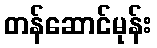
တန်ဆောင်မုန်း